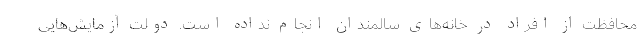
محافظت از افراد در خانه‌های سالمندان انجام نداده است. دولت آزمایش‌هایی